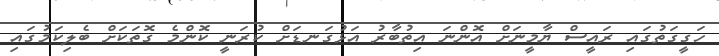
ހަގީގަތުގައި ރައީސް ޔާމީނަށް އޮންނަ އިތުބާރު އަޅުގަނޑަށް ކުރަނީ ކޮންމެ ގޮތަކަށް ބެލިކަމުގައި